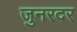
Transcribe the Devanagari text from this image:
जुनरदर